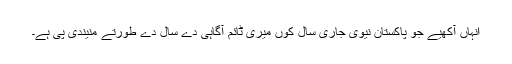
انہاں آکھیے جو پاکستان نیوی جاری سال کوں میری ٹائم آگاہی دے سال دے طورتے منیندی پی ہے۔